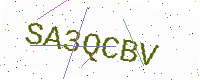
Text: SA3QCBV